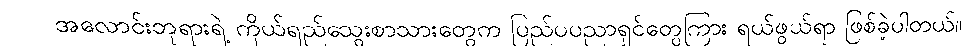
အလောင်းဘုရားရဲ့ ကိုယ်ရည်သွေးစာသားတွေက ပြည်ပပညာရှင်တွေကြား ရယ်ဖွယ်ရာ ဖြစ်ခဲ့ပါတယ်။